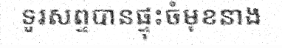
ទូរសព្ទបានផ្ទុះចំមុខនាង